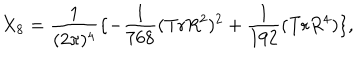
X _ { 8 } = \frac { 1 } { ( 2 \pi ) ^ { 4 } } \lbrace - \frac { 1 } { 7 6 8 } ( \mathrm { { T r } } R ^ { 2 } ) ^ { 2 } + \frac { 1 } { 1 9 2 } ( \mathrm { T r } R ^ { 4 } ) \rbrace ,